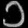
Digit: ၁